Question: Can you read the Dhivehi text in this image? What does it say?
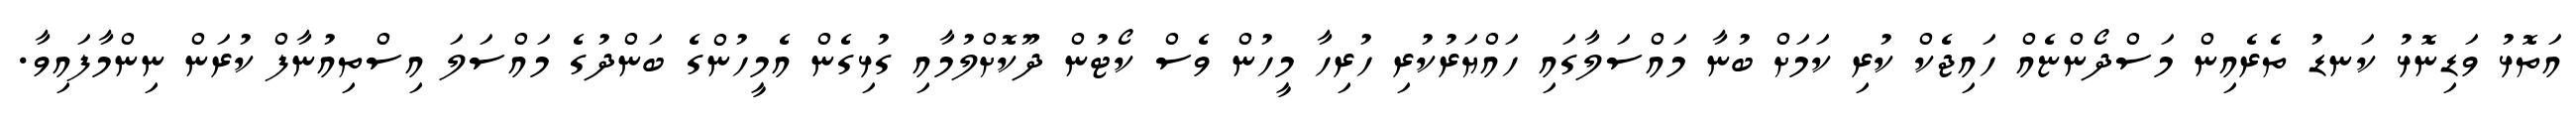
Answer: އަތޮޅު ވަޑިނޮޅު ކަނޑު ތެރެއިން މަސްދޯންޏެއް ހައިޖެކް ކުރި ކަމަށް ބުނާ މައްސަލާގައި ހައްޔަރުކުރި ހުރިހާ މީހުން ވެސް ކޯޓުން ދޫކޮށްލުމާއި ގުޅިގެން އެމީހުންގެ ބަންދުގެ މައްސަލަ އިސްތިއުނާފް ކުރަން ނިންމާފައިވާ.